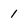
Character: 1